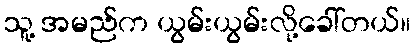
သူ့ အမည်က ယွမ်းယွမ်းလို့ခေါ်တယ်။